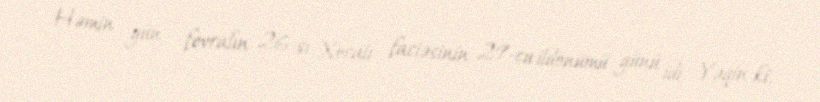
Həmin gün - fevralın 26-sı Xocalı faciəsinin 29-cu ildönümü günü idi. Yəqin ki,